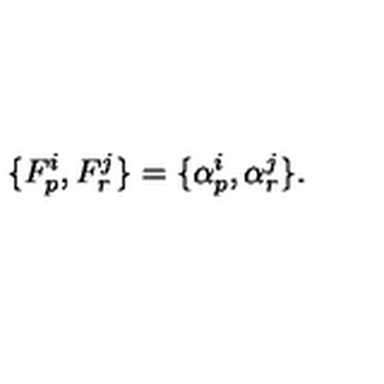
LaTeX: \{ F _ { p } ^ { i } , F _ { r } ^ { j } \} = \{ \alpha _ { p } ^ { i } , \alpha _ { r } ^ { j } \} .